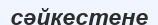
сәйкестене